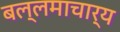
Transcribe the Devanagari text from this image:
बल्लमाचार्य